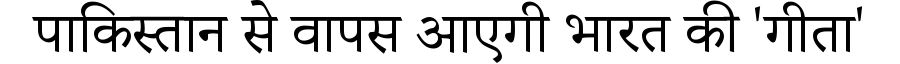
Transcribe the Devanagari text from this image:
पाकिस्तान से वापस आएगी भारत की 'गीता'